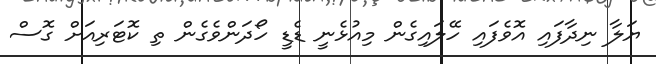
ޔަލާ ނިދާފައި އޮވެފައި ހޭލައިގެން މިއުޅެނީ ޑެޑީ ހޯދަންވެގެން ތި ކޮޓަރިއަށް ގޮސް